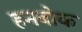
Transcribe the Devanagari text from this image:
हनबोक